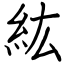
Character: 紘